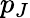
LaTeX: p_{J}